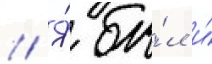
// Я́ бы́л и́